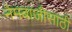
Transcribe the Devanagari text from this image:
नेमबाजीसाठी